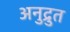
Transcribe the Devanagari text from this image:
अनुद्रुत